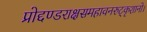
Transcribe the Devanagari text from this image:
प्रोद्दण्डराक्षसमहावनरुट्कृशानो।